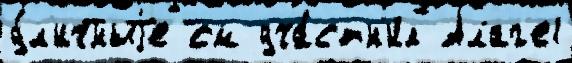
у́л'ичныjе см уча́стн'ик Алаг'е1